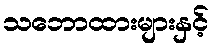
သဘောထားများနှင့်